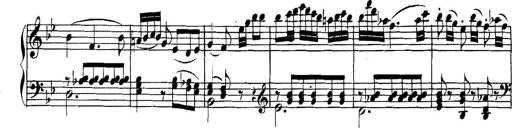
Title: Collected Piano Sonatas
Composer: Muzio Clementi